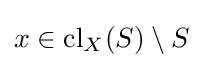
x\in \operatorname {cl} _{X}(S)\setminus S